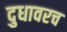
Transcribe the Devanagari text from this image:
दुधावरच